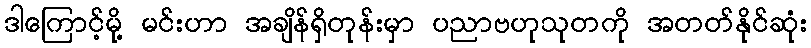
ဒါကြောင့်မို့ မင်းဟာ အချိန်ရှိတုန်းမှာ ပညာဗဟုသုတကို အတတ်နိုင်ဆုံး